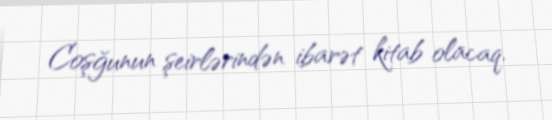
Coşğunun şeirlərindən ibarət kitab olacaq.